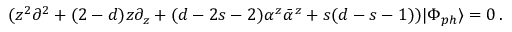
( z ^ { 2 } \partial ^ { 2 } + ( 2 - d ) z \partial _ { z } + ( d - 2 s - 2 ) \alpha ^ { z } \bar { \alpha } ^ { z } + s ( d - s - 1 ) ) | \Phi _ { p h } \rangle = 0 \, .